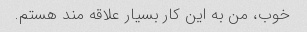
خوب، من به این کار بسیار علاقه مند هستم.